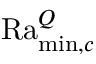
\mathrm { R a } _ { \operatorname* { m i n } , c } ^ { Q }